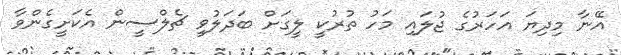
އޭނާ މިދިޔަ އަހަރުގެ ޖުލައި މަހު ތުރުކީ ލީގަށް ބަދަލުވީ ޗެލްސީން އެކަށީގެންވާ